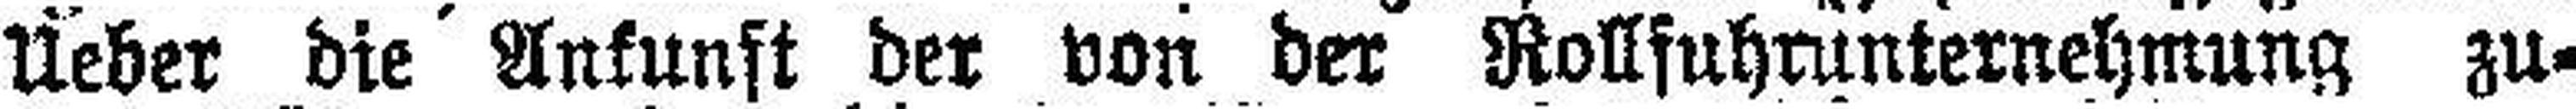
Ueber die Ankunft der von der Rollfuhrunternehmung zu¬